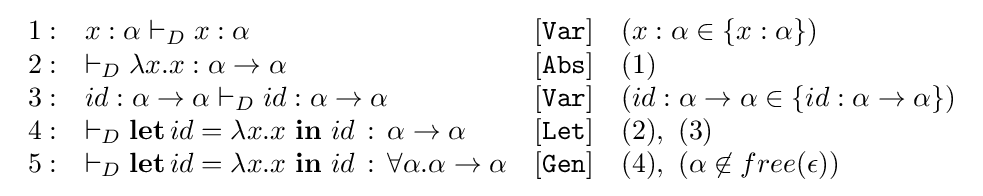
{\begin{array}{llll}1:&x:\alpha \vdash _{D}x:\alpha &[{\mathtt {Var}}]&(x:\alpha \in \left\{x:\alpha \right\})\\2:&\vdash _{D}\lambda x.x:\alpha \rightarrow \alpha &[{\mathtt {Abs}}]&(1)\\3:&id:\alpha \rightarrow \alpha \vdash _{D}id:\alpha \rightarrow \alpha &[{\mathtt {Var}}]&(id:\alpha \rightarrow \alpha \in \left\{id:\alpha \rightarrow \alpha \right\})\\4:&\vdash _{D}{\textbf {let}}\,id=\lambda x.x\ {\textbf {in}}\ id\,:\,\alpha \rightarrow \alpha &[{\mathtt {Let}}]&(2),\ (3)\\5:&\vdash _{D}{\textbf {let}}\,id=\lambda x.x\ {\textbf {in}}\ id\,:\,\forall \alpha .\alpha \rightarrow \alpha &[{\mathtt {Gen}}]&(4),\ (\alpha \not \in free(\epsilon ))\\\end{array}}